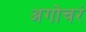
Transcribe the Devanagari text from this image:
अगोचरं